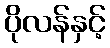
ပိုလန်နှင့်